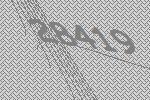
28419